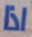
اذا